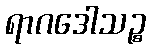
ရာဂဒေါသဉ္စ